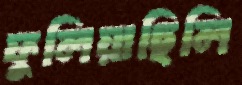
ফুলিয়াছিলি